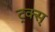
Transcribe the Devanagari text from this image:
ट्रक्स्